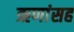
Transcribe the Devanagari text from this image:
ऋणांसह